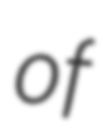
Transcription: of